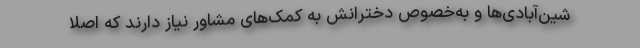
شین‌آبادی‌ها و به‌خصوص دخترانش به کمک‌های مشاور نیاز دارند که اصلا